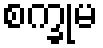
စက္ခုမ